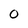
Character: 0